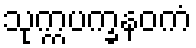
သုက္ကပက္ခနဝကံ